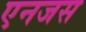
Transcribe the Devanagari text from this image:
एनजस